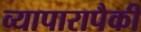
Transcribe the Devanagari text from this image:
व्यापारापैकी